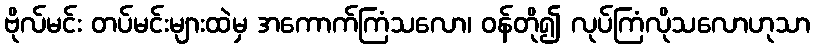
ဗိုလ်မင်း တပ်မင်းများထဲမှ အကောက်ကြံသလော၊ ဝန်တို၍ လုပ်ကြံလိုသလောဟုသာ